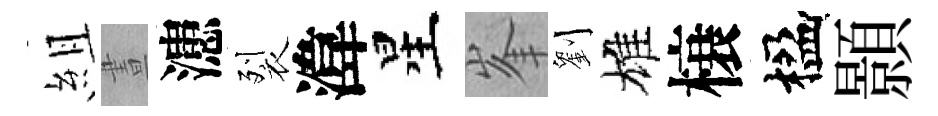
組晝漶裂湋星峯劉雄榱楹顥